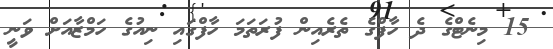
15 މިނެޓްގެ ދެ ހާފްގެ ތެރެއިން ފުރަތަމަ ހާފްގައި ނިއުގެ ހަމްޒާއަށް ވަނީ